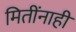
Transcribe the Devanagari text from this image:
मितींनाही